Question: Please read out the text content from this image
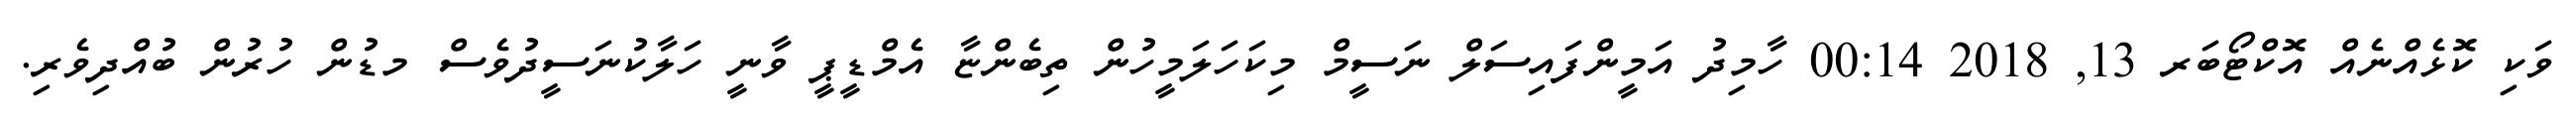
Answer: ވަކި ކޮޅެއްނެއް އޮކްޓޯބަރ 13, 2018 00:14 ހާމިދު އަމީންފައިސަލް ނަސީމް މިކަހަލަމީހުން ތިބެންޏާ އެމްޑީޕީ ވާނީ ހަލާކުނަސީދުވެސް މޑުން ހުރުން ބުއްދިވެރި.